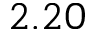
2 . 2 0